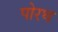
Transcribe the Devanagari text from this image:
पोरथ